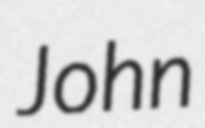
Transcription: John